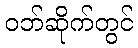
ဝဘ်ဆိုက်တွင်